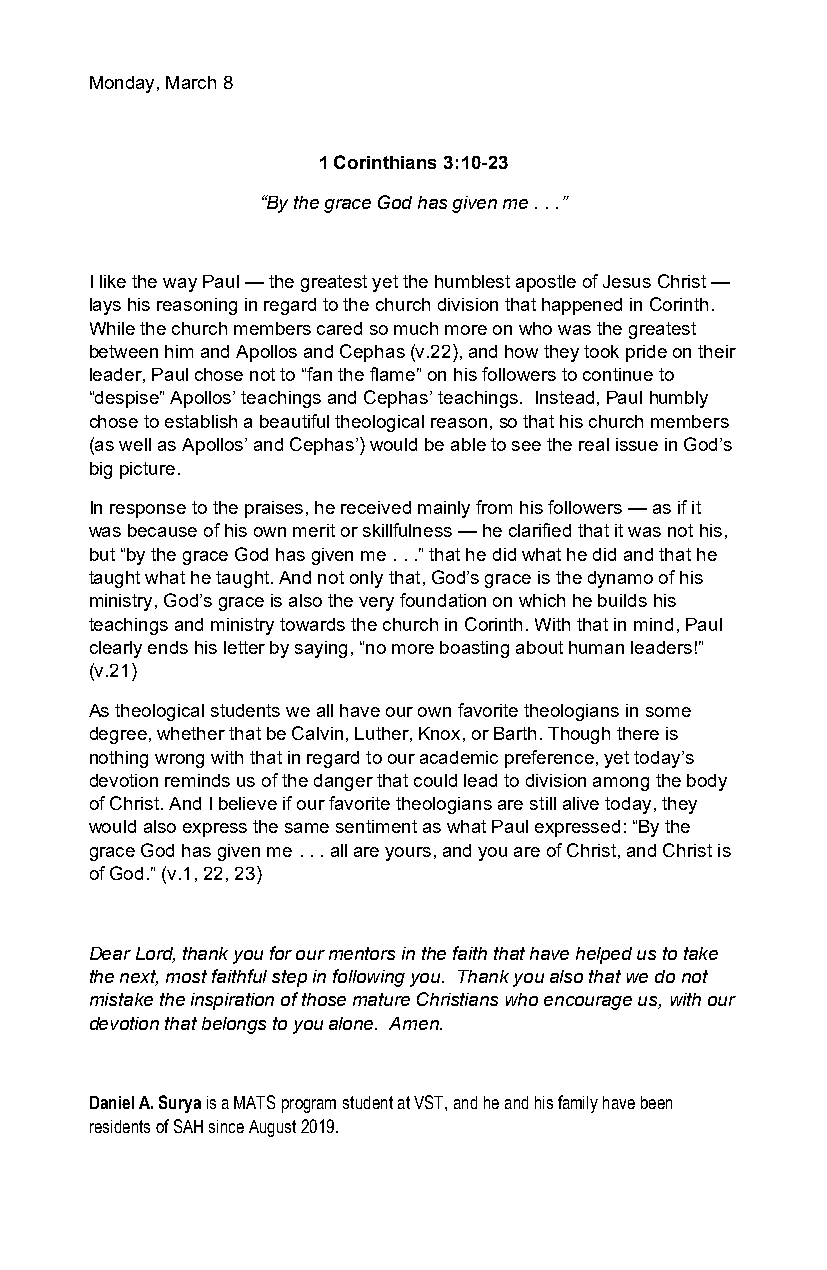
Monday, March 8
 1 Corinthians 3:10-23
 “By the grace God has given me . . .”
 I like the way Paul — the greatest yet the humblest apostle of Jesus Christ —
 lays his reasoning in regard to the church division that happened in Corinth.
 While the church members cared so much more on who was the greatest
 between him and Apollos and Cephas (v.22), and how they took pride on their
 leader, Paul chose not to “fan the flame” on his followers to continue to
 “despise” Apollos’ teachings and Cephas’ teachings. Instead, Paul humbly
 chose to establish a beautiful theological reason, so that his church members
 (as well as Apollos’ and Cephas’) would be able to see the real issue in God’s
 big picture.
 In response to the praises, he received mainly from his followers — as if it
 was because of his own merit or skillfulness — he clarified that it was not his,
 but “by the grace God has given me . . .” that he did what he did and that he
 taught what he taught. And not only that, God’s grace is the dynamo of his
 ministry, God’s grace is also the very foundation on which he builds his
 teachings and ministry towards the church in Corinth. With that in mind, Paul
 clearly ends his letter by saying, “no more boasting about human leaders!”
 (v.21)
 As theological students we all have our own favorite theologians in some
 degree, whether that be Calvin, Luther, Knox, or Barth. Though there is
 nothing wrong with that in regard to our academic preference, yet today’s
 devotion reminds us of the danger that could lead to division among the body
 of Christ. And I believe if our favorite theologians are still alive today, they
 would also express the same sentiment as what Paul expressed: “By the
 grace God has given me . . . all are yours, and you are of Christ, and Christ is
 of God.” (v.1, 22, 23)
 Dear Lord, thank you for our mentors in the faith that have helped us to take
 the next, most faithful step in following you. Thank you also that we do not
 mistake the inspiration of those mature Christians who encourage us, with our
 devotion that belongs to you alone. Amen.
 Daniel A. Surya is a MATS program student at VST, and he and his family have been
 residents of SAH since August 2019.